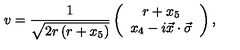
v = \frac { 1 } { \sqrt { 2 r \left( r + x _ { 5 } \right) } } \left( \begin{array} { c } { r + x _ { 5 } } \\ { x _ { 4 } - i \vec { x } \cdot \vec { \sigma } } \\ \end{array} \right) ,